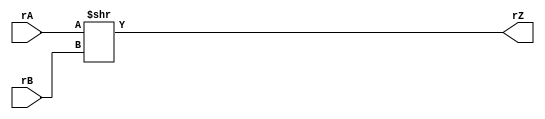
// Zuhair Shaikh and Brant Lan Li
// SHR Operation (SHR)
// ELEC374 - Digital Systems Engineering
// Department of Electrical and Computer Engineering
// Queen's University
`timescale 1ns/10ps

module shr_32(
	input wire [31:0] rA, rB,
	output wire [31:0] rZ
	);
	
	assign rZ = rA >> rB;
	
endmodule